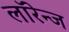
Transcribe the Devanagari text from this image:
लॉरेन्ज